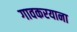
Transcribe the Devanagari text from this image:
गावकरयाना